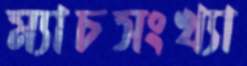
ম্যাচসংখ্যা